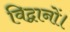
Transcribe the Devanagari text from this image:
विद्वानों।